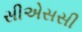
સીએસસી